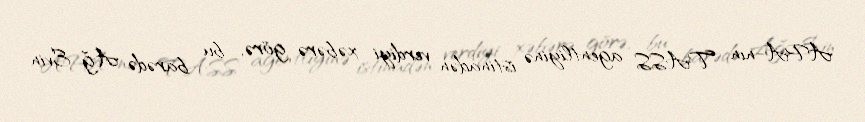
APA-nın TASS agentliyinə istinadən verdiyi xəbərə görə, bu barədə Ağ Evin